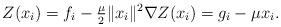
LaTeX: \begin{align*} \begin{aligned} Z(x_i) = f_i - \tfrac{\mu}{2} \|x_i\|^2 \nabla Z(x_i) = g_i - \mu x_i. \end{aligned}\end{align*}